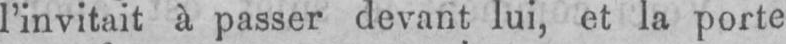
l’invitait à passer devant lui, et la porte